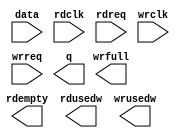
// megafunction wizard: %FIFO%VBB%
// GENERATION: STANDARD
// VERSION: WM1.0
// MODULE: dcfifo 

// ============================================================
// Megafunction Name(s):
// 			dcfifo
//
// Simulation Library Files(s):
// 			altera_mf
// ============================================================
// ************************************************************
// THIS IS A WIZARD-GENERATED FILE. DO NOT EDIT THIS FILE!
//
// 13.1.0 Build 162 10/23/2013 SJ Full Version
// ************************************************************

//Copyright (C) 1991-2013 Altera Corporation
//Your use of Altera Corporation's design tools, logic functions 
//and other software and tools, and its AMPP partner logic 
//functions, and any output files from any of the foregoing 
//(including device programming or simulation files), and any 
//associated documentation or information are expressly subject 
//to the terms and conditions of the Altera Program License 
//Subscription Agreement, Altera MegaCore Function License 
//Agreement, or other applicable license agreement, including, 
//without limitation, that your use is for the sole purpose of 
//programming logic devices manufactured by Altera and sold by 
//Altera or its authorized distributors.  Please refer to the 
//applicable agreement for further details.

module dfifo (
	data,
	rdclk,
	rdreq,
	wrclk,
	wrreq,
	q,
	rdempty,
	rdusedw,
	wrfull,
	wrusedw);

	input	[15:0]  data;
	input	  rdclk;
	input	  rdreq;
	input	  wrclk;
	input	  wrreq;
	output	[15:0]  q;
	output	  rdempty;
	output	[7:0]  rdusedw;
	output	  wrfull;
	output	[7:0]  wrusedw;

endmodule

// ============================================================
// CNX file retrieval info
// ============================================================
// Retrieval info: PRIVATE: AlmostEmpty NUMERIC "0"
// Retrieval info: PRIVATE: AlmostEmptyThr NUMERIC "-1"
// Retrieval info: PRIVATE: AlmostFull NUMERIC "0"
// Retrieval info: PRIVATE: AlmostFullThr NUMERIC "-1"
// Retrieval info: PRIVATE: CLOCKS_ARE_SYNCHRONIZED NUMERIC "0"
// Retrieval info: PRIVATE: Clock NUMERIC "4"
// Retrieval info: PRIVATE: Depth NUMERIC "256"
// Retrieval info: PRIVATE: Empty NUMERIC "1"
// Retrieval info: PRIVATE: Full NUMERIC "1"
// Retrieval info: PRIVATE: INTENDED_DEVICE_FAMILY STRING "Cyclone IV E"
// Retrieval info: PRIVATE: LE_BasedFIFO NUMERIC "0"
// Retrieval info: PRIVATE: LegacyRREQ NUMERIC "1"
// Retrieval info: PRIVATE: MAX_DEPTH_BY_9 NUMERIC "0"
// Retrieval info: PRIVATE: OVERFLOW_CHECKING NUMERIC "0"
// Retrieval info: PRIVATE: Optimize NUMERIC "0"
// Retrieval info: PRIVATE: RAM_BLOCK_TYPE NUMERIC "0"
// Retrieval info: PRIVATE: SYNTH_WRAPPER_GEN_POSTFIX STRING "0"
// Retrieval info: PRIVATE: UNDERFLOW_CHECKING NUMERIC "0"
// Retrieval info: PRIVATE: UsedW NUMERIC "1"
// Retrieval info: PRIVATE: Width NUMERIC "16"
// Retrieval info: PRIVATE: dc_aclr NUMERIC "0"
// Retrieval info: PRIVATE: diff_widths NUMERIC "0"
// Retrieval info: PRIVATE: msb_usedw NUMERIC "0"
// Retrieval info: PRIVATE: output_width NUMERIC "16"
// Retrieval info: PRIVATE: rsEmpty NUMERIC "1"
// Retrieval info: PRIVATE: rsFull NUMERIC "0"
// Retrieval info: PRIVATE: rsUsedW NUMERIC "1"
// Retrieval info: PRIVATE: sc_aclr NUMERIC "0"
// Retrieval info: PRIVATE: sc_sclr NUMERIC "0"
// Retrieval info: PRIVATE: wsEmpty NUMERIC "0"
// Retrieval info: PRIVATE: wsFull NUMERIC "1"
// Retrieval info: PRIVATE: wsUsedW NUMERIC "1"
// Retrieval info: LIBRARY: altera_mf altera_mf.altera_mf_components.all
// Retrieval info: CONSTANT: INTENDED_DEVICE_FAMILY STRING "Cyclone IV E"
// Retrieval info: CONSTANT: LPM_NUMWORDS NUMERIC "256"
// Retrieval info: CONSTANT: LPM_SHOWAHEAD STRING "OFF"
// Retrieval info: CONSTANT: LPM_TYPE STRING "dcfifo"
// Retrieval info: CONSTANT: LPM_WIDTH NUMERIC "16"
// Retrieval info: CONSTANT: LPM_WIDTHU NUMERIC "8"
// Retrieval info: CONSTANT: OVERFLOW_CHECKING STRING "ON"
// Retrieval info: CONSTANT: RDSYNC_DELAYPIPE NUMERIC "4"
// Retrieval info: CONSTANT: UNDERFLOW_CHECKING STRING "ON"
// Retrieval info: CONSTANT: USE_EAB STRING "ON"
// Retrieval info: CONSTANT: WRSYNC_DELAYPIPE NUMERIC "4"
// Retrieval info: USED_PORT: data 0 0 16 0 INPUT NODEFVAL "data[15..0]"
// Retrieval info: USED_PORT: q 0 0 16 0 OUTPUT NODEFVAL "q[15..0]"
// Retrieval info: USED_PORT: rdclk 0 0 0 0 INPUT NODEFVAL "rdclk"
// Retrieval info: USED_PORT: rdempty 0 0 0 0 OUTPUT NODEFVAL "rdempty"
// Retrieval info: USED_PORT: rdreq 0 0 0 0 INPUT NODEFVAL "rdreq"
// Retrieval info: USED_PORT: rdusedw 0 0 8 0 OUTPUT NODEFVAL "rdusedw[7..0]"
// Retrieval info: USED_PORT: wrclk 0 0 0 0 INPUT NODEFVAL "wrclk"
// Retrieval info: USED_PORT: wrfull 0 0 0 0 OUTPUT NODEFVAL "wrfull"
// Retrieval info: USED_PORT: wrreq 0 0 0 0 INPUT NODEFVAL "wrreq"
// Retrieval info: USED_PORT: wrusedw 0 0 8 0 OUTPUT NODEFVAL "wrusedw[7..0]"
// Retrieval info: CONNECT: @data 0 0 16 0 data 0 0 16 0
// Retrieval info: CONNECT: @rdclk 0 0 0 0 rdclk 0 0 0 0
// Retrieval info: CONNECT: @rdreq 0 0 0 0 rdreq 0 0 0 0
// Retrieval info: CONNECT: @wrclk 0 0 0 0 wrclk 0 0 0 0
// Retrieval info: CONNECT: @wrreq 0 0 0 0 wrreq 0 0 0 0
// Retrieval info: CONNECT: q 0 0 16 0 @q 0 0 16 0
// Retrieval info: CONNECT: rdempty 0 0 0 0 @rdempty 0 0 0 0
// Retrieval info: CONNECT: rdusedw 0 0 8 0 @rdusedw 0 0 8 0
// Retrieval info: CONNECT: wrfull 0 0 0 0 @wrfull 0 0 0 0
// Retrieval info: CONNECT: wrusedw 0 0 8 0 @wrusedw 0 0 8 0
// Retrieval info: GEN_FILE: TYPE_NORMAL dfifo.v TRUE
// Retrieval info: GEN_FILE: TYPE_NORMAL dfifo.inc FALSE
// Retrieval info: GEN_FILE: TYPE_NORMAL dfifo.cmp FALSE
// Retrieval info: GEN_FILE: TYPE_NORMAL dfifo.bsf FALSE
// Retrieval info: GEN_FILE: TYPE_NORMAL dfifo_inst.v FALSE
// Retrieval info: GEN_FILE: TYPE_NORMAL dfifo_bb.v TRUE
// Retrieval info: LIB_FILE: altera_mf